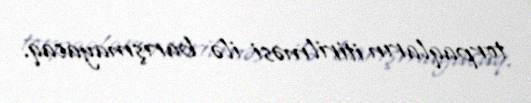
torpaqların itirilməsi ilə barışmayacaq.